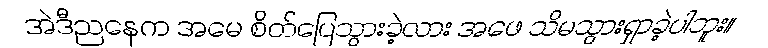
အဲဒီညနေက အမေ စိတ်ပြေသွားခဲ့လား အဖေ သိမသွားရှာခဲ့ပါဘူး။